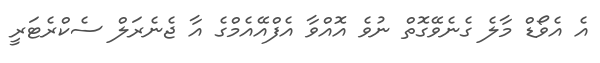
އެ އެވޯޑް މާލެ ގެނެވޭގޮތް ނުވެ އޮއްވާ އެފްއޭއެމްގެ އާ ޖެނެރަލް ސެކްރެޓަރީ